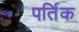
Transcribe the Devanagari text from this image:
पर्तिक